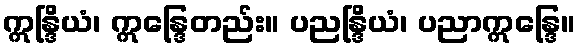
ဣန္ဒြိယံ၊ ဣန္ဒြေတည်း။ ပညန္ဒြိယံ၊ ပညာဣန္ဒြေ။